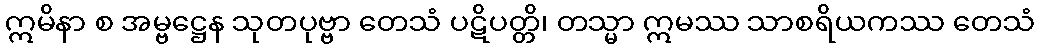
ဣမိနာ စ အမ္ဗဋ္ဌေန သုတပုဗ္ဗာ တေသံ ပဋိပတ္တိ၊ တသ္မာ ဣမဿ သာစရိယကဿ တေသံ